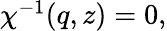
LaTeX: \begin{array}{r}{\chi^{-1}(q,z)=0,}\end{array}